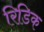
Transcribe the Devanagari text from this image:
रिडिक